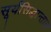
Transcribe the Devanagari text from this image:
सूर्यसिद्धान्तात